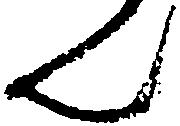
ん